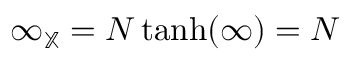
\infty _ { \mathbb { X } } = N \operatorname { t a n h } ( \infty ) = N